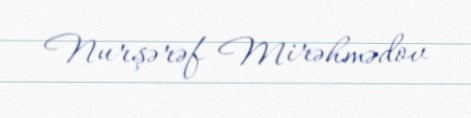
Nurşərəf Mirəhmədov